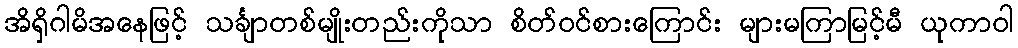
အိရှိဂါမိအနေဖြင့် သင်္ချာတစ်မျိုးတည်းကိုသာ စိတ်ဝင်စားကြောင်း များမကြာမြင့်မီ ယုကာဝါ